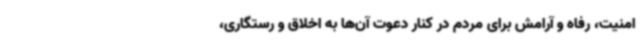
امنیت، رفاه و آرامش برای مردم در کنار دعوت آن‌ها به اخلاق و رستگاری،